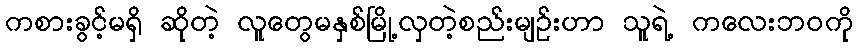
ကစားခွင့်မရှိ ဆိုတဲ့ လူတွေမနှစ်မြို့လှတဲ့စည်းမျဉ်းဟာ သူရဲ့ ကလေးဘဝကို